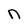
Character: n